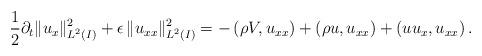
LaTeX: \begin{align*}\frac{1}{2}\partial_t\|u_x\|^2_{L^2(I)} + \epsilon\,\|u_{xx}\|^2_{L^2(I)} = -\left(\rho V, u_{xx}\right) + \left(\rho u, u_{xx}\right) + \left(uu_x,u_{xx}\right).\end{align*}